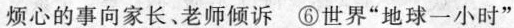
烦心的事向家长、老师倾诉 ⑥世界”地球一小时”